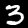
Label: 3